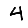
Digit: 4